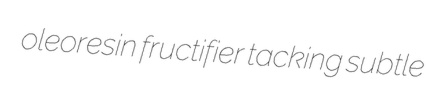
oleoresin fructifier tacking subtle